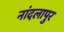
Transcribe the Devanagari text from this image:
नांदलापुर